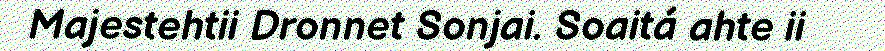
Majestehtii Dronnet Sonjai. Soaitá ahte ii